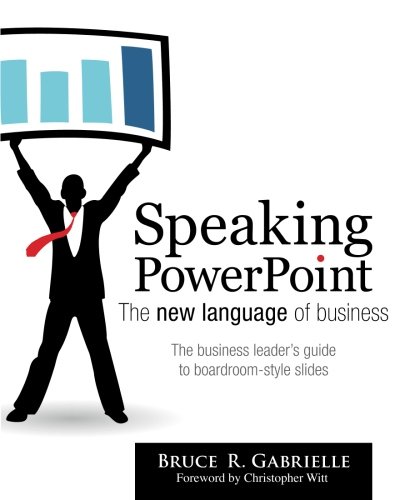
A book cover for Speaking PowerPoint: The New Language of Business; Bruce R. Gabrielle; Business & Money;